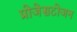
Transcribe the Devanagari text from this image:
प्रोजेसटोजन